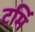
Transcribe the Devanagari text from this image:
टर्मि